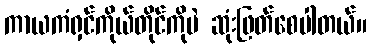
ကာယကံရှင်ကိုယ်တိုင်ကိုပဲ ဆုံးဖြတ်စေပါတယ်။